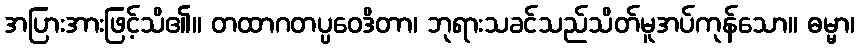
အပြားအားဖြင့်သိ၏။ တထာဂတပ္ပဝေဒိတာ၊ ဘုရားသခင်သည်သိတ်မူအပ်ကုန်သော။ ဓမ္မာ၊